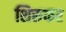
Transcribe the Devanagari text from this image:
शिरुकर